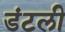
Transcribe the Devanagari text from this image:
डंटली